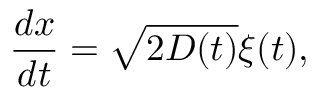
\frac { d x } { d t } = \sqrt { 2 D ( t ) } \xi ( t ) ,